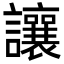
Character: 讓